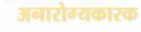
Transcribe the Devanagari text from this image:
अनारोग्यकारक